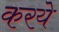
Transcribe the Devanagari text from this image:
करये